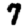
Digit: 7